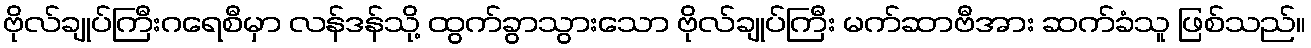
ဗိုလ်ချုပ်ကြီးဂရေစီမှာ လန်ဒန်သို့ ထွက်ခွာသွားသော ဗိုလ်ချုပ်ကြီး မက်ဆာဗီအား ဆက်ခံသူ ဖြစ်သည်။